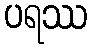
ပရဿ